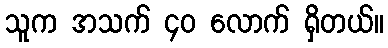
သူက အသက် ၄၀ လောက် ရှိတယ်။